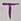
Text: T